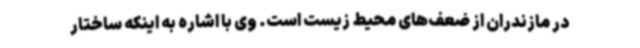
در مازندران از ضعف‌های محیط زیست است. وی با اشاره به اینکه ساختار